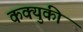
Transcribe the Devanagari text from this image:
कक्युकी